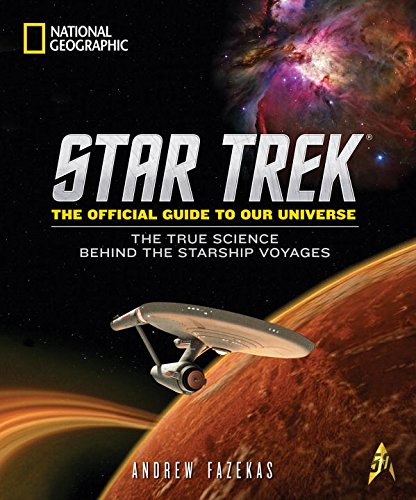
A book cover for Star Trek The Official Guide to Our Universe: The True Science Behind the Starship Voyages; Andrew Fazekas; Science & Math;